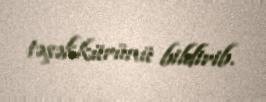
təşəkkürünü bildirib.